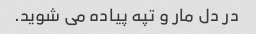
در دل مار و تپه پیاده می شوید.